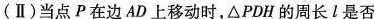
(Ⅱ)当点P在边AD上移动时，△PDH的周长l是否